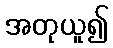
အတုယူ၍